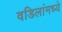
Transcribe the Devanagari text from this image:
वडिलांमध्ये